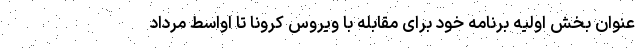
عنوان بخش اولیه برنامه خود برای مقابله با ویروس کرونا تا اواسط مرداد